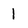
Character: I